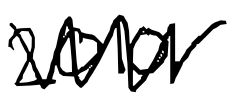
Text: 2010.
Cross-out: zig-zag
Writing tool: digital_black